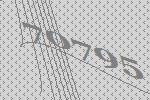
70795